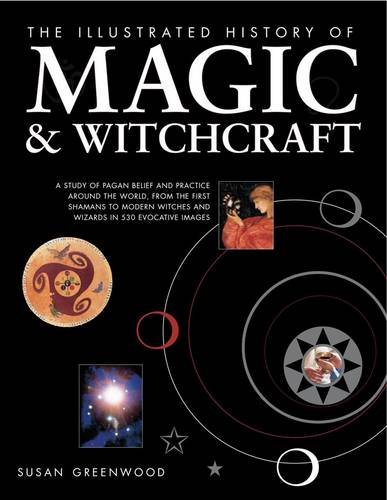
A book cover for The Illustrated History of Magic & Witchcraft: A study of pagan belief and practice around the world, from the first shamans to modern witches and wizards in 530 evocative images; Susan Greenwood; Humor & Entertainment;